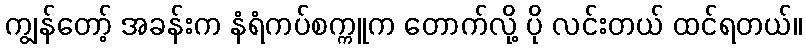
ကျွန်တော့် အခန်းက နံရံကပ်စက္ကူက တောက်လို့ ပို လင်းတယ် ထင်ရတယ်။